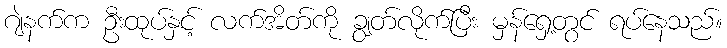
ဂျဲနက်က ဦးထုပ်နှင့် လက်အိတ်ကို ချွတ်လိုက်ပြီး မှန်ရှေ့တွင် ရပ်နေသည်။